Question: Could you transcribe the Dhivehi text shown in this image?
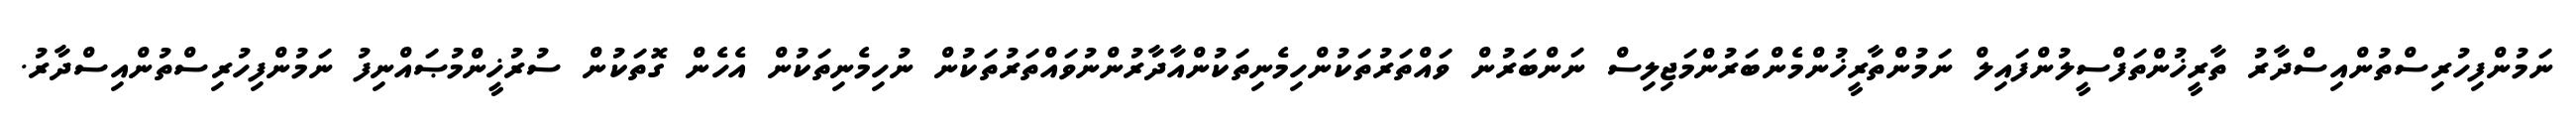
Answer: ނަމުންފިހުރިސްތުންއިސްދާރު ތާރީޚުންތަފްސީލުންފައިލް ނަމުންތާރީޚުންމެންބަރުންމަޖިލިސް ނަންބަރުން ވައްތަރުތަކުންހިމެނިތަކުންއާދާރުންނުވައްތަރުތަކުން ނުހިމެނިތަކުން އެހެން ގޮތަކުން ސުރުޚީންމުޞައްނިފު ނަމުންފިހުރިސްތުންއިސްދާރު.